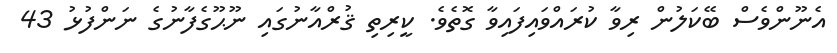
އެނޫންވެސް ބޭކަލުން ރިވާ ކުރައްވައިފައިވާ ގޮތެވެ. ކީރިތި ޤުރްއާނުގައި ނޫޙޫގެފާނުގެ ނަންފުޅު 43